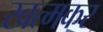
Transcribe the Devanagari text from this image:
खत्मकर